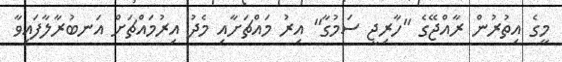
މީގެ އިތުރުން ރާއްޖޭގެ "ހާރިޖީ ސަމުގާ" އިރު މައްޗަށާއި މެދު އިރުމައްޗަށް އަނބުރާލާފައިވާ